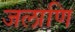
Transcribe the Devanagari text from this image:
जलाणि